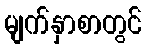
မျက်နှာစာတွင်